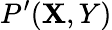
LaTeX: P^{\prime}(\mathbf{X},Y)